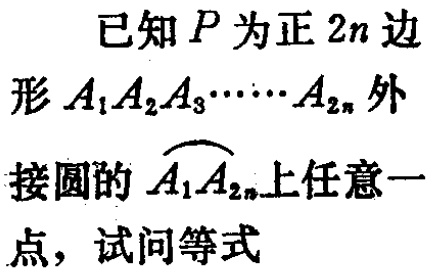
已知\(P\)为正\(2n\)边形\(A_{1}A_{2}A_{3}\cdots\cdots A_{2n}\)外接圆的\(\overset{\frown}{A_{1}A_{2n}}\)上任意一点，试问等式